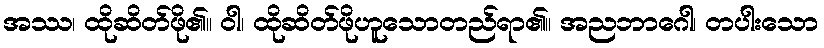
အဿ၊ ထိုဆိတ်ဖို၏။ ဝါ၊ ထိုဆိတ်ဖိုဟူသောတည်ရာ၏။ အညဘာဂေါ၊ တပါးသော